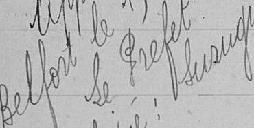
Approuvé - Befort le 15 novembre 1911 - Le Préfet - signé